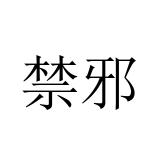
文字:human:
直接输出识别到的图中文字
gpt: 禁邪